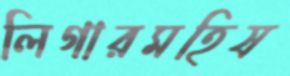
লিগারমহিষ